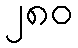
၂၈၀